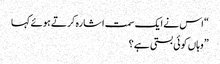
“ اس نے ایک سمت اشارہ کرتے ہوئے کہا
” وہاں کوئی بستی ہے ؟